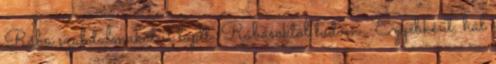
Rába szabdalmakat is loptt. Rábásoktól tudom . Egyébként, hál